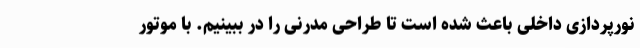
نورپردازی داخلی باعث شده است تا طراحی مدرنی را در ببینیم. با موتور